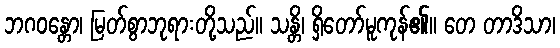
ဘဂဝန္တော၊ မြတ်စွာဘုရားတို့သည်။ သန္တိ၊ ရှိတော်မူကုန်၏။ တေ တာဒိသာ၊